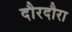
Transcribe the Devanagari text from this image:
दौरदौरा